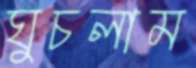
ঘুচলাম